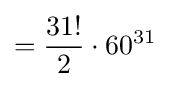
={\frac {31!}{2}}\cdot 60^{31}